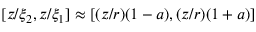
[ z / \xi _ { 2 } , z / \xi _ { 1 } ] \approx [ ( z / r ) ( 1 - a ) , ( z / r ) ( 1 + a ) ]